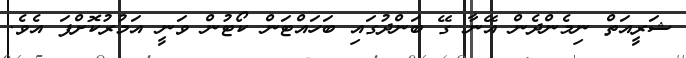
ޝަރީއަތް ނިމެންދެން އޭނާ ގޭ ބަންދުގައި ބަހައްޓަން ކޯޓުން ވަނީ އަމުރުކޮށްފަ އެވެ.